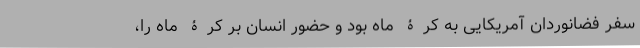
سفر فضانوردان آمریکایی به کرۀ ماه بود و حضور انسان بر کرۀ ماه را،